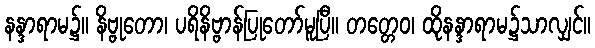
နန္ဒာရာမ၌။ နိဗ္ဗုတော၊ ပရိနိဗ္ဗာန်ပြုတော်မူပြီ။ တတ္တေဝ၊ ထိုနန္ဒာရာမ၌သာလျှင်။